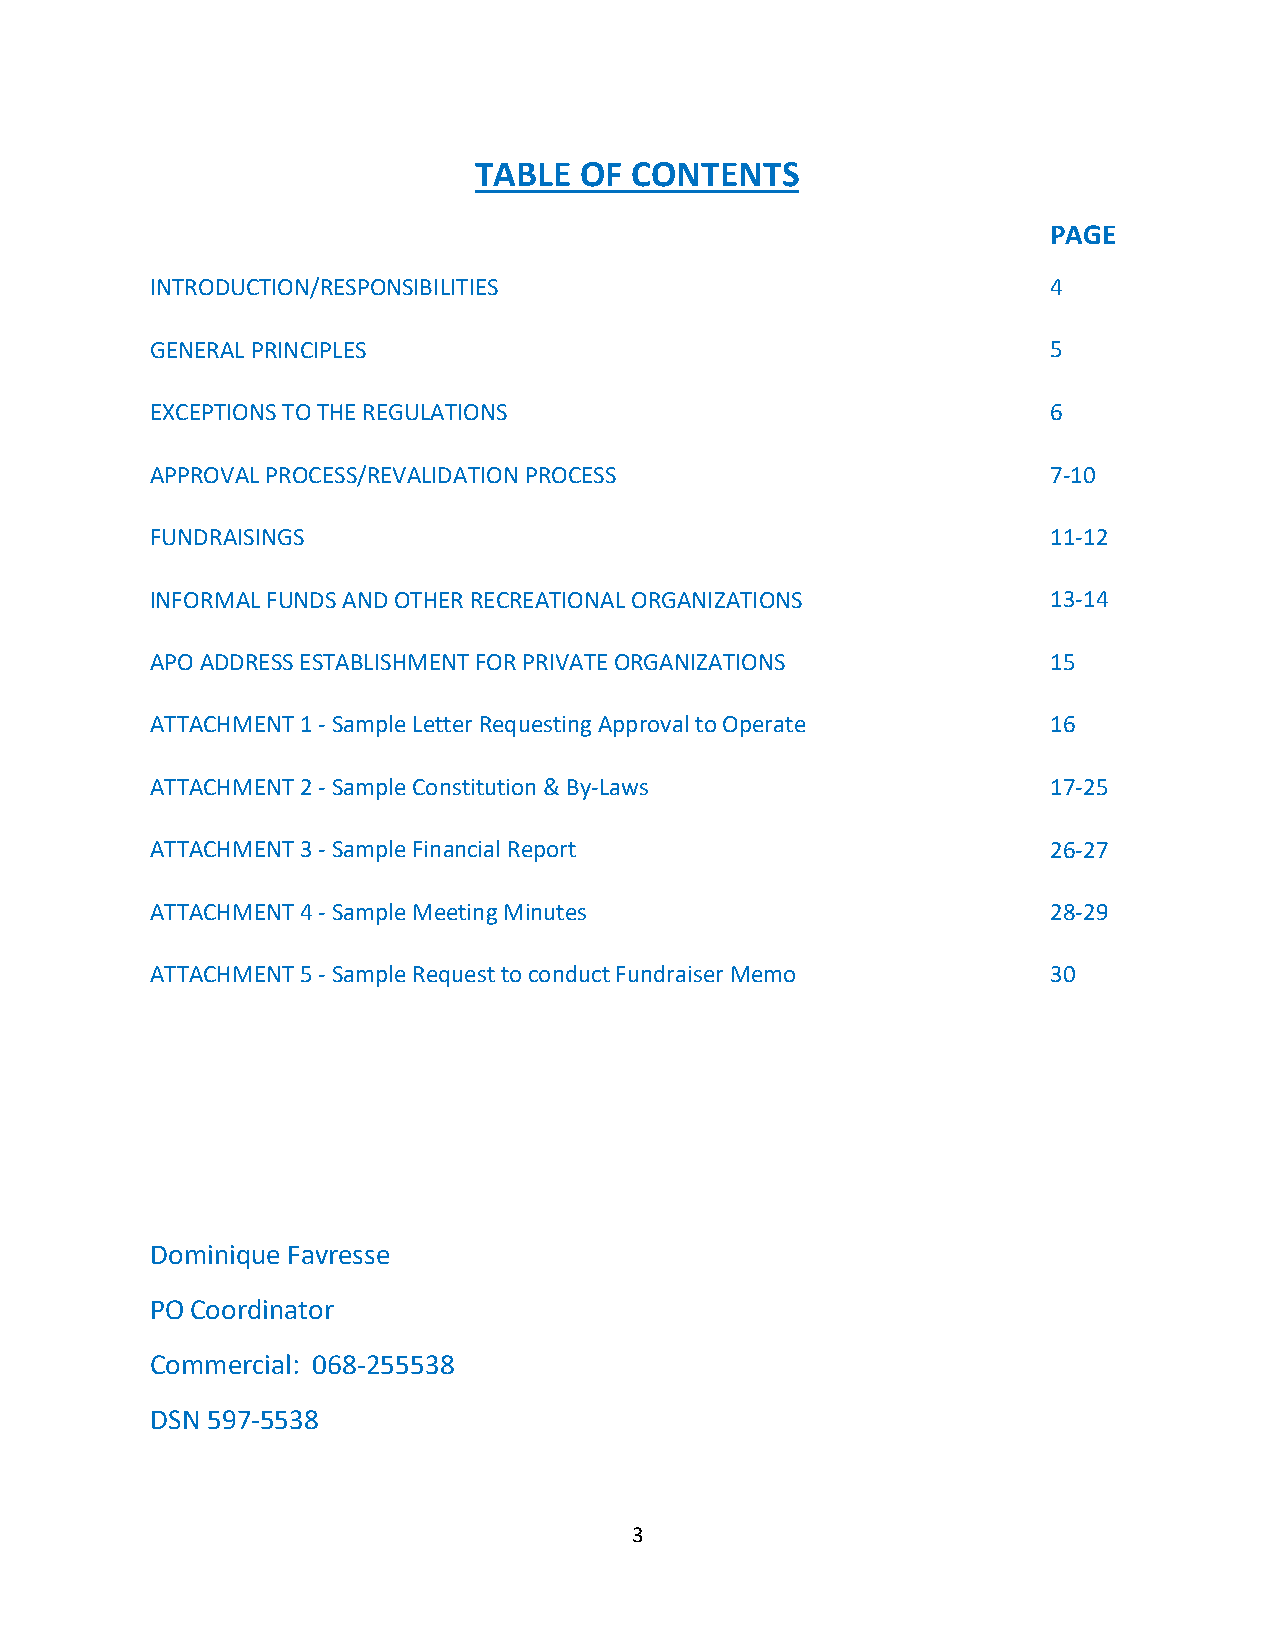
TABLE  OF  CONTENTS
 PAGE
 INTRODUCTION/RESPONSIBILITIES                               4
 GENERAL PRINCIPLES                                          5
 EXCEPTIONS TO THE REGULATIONS                               6
 APPROVAL PROCESS/REVALIDATION PROCESS                       7-10
 FUNDRAISINGS                                                11-12
 INFORMAL FUNDS AND OTHER RECREATIONAL ORGANIZATIONS         13-14
 APO ADDRESS ESTABLISHMENT FOR PRIVATE ORGANIZATIONS         15
 ATTACHMENT 1 - Sample Letter Requesting Approval to Operate 16
 ATTACHMENT 2 - Sample Constitution & By-Laws                17-25
 ATTACHMENT 3 - Sample Financial Report                      26-27
 ATTACHMENT 4 - Sample Meeting Minutes                       28-29
 ATTACHMENT 5 - Sample Request to conduct Fundraiser Memo    30
 Dominique Favresse
 PO Coordinator
 Commercial: 068-255538
 DSN 597-5538
 3